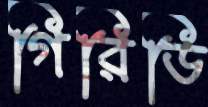
গিরিডি